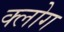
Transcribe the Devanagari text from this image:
क्लोग